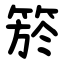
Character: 箊